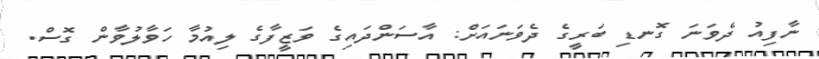
ނާފިއު ދެވަނަ ގޮނޑި ބަރީގެ ދެވަނައަށް: އާސަންދައިގެ ވަޒީފާގެ ލިއުމާ ހަވާލުވާން ގޮސް.